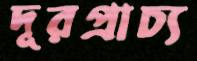
দূরপ্রাচ্য